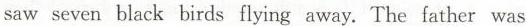
saw seven black birds flying away. The father was